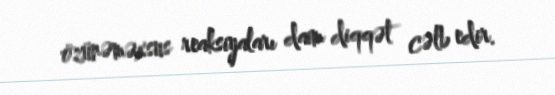
özünəməxsus reaksiyaları daim diqqət cəlb edir.